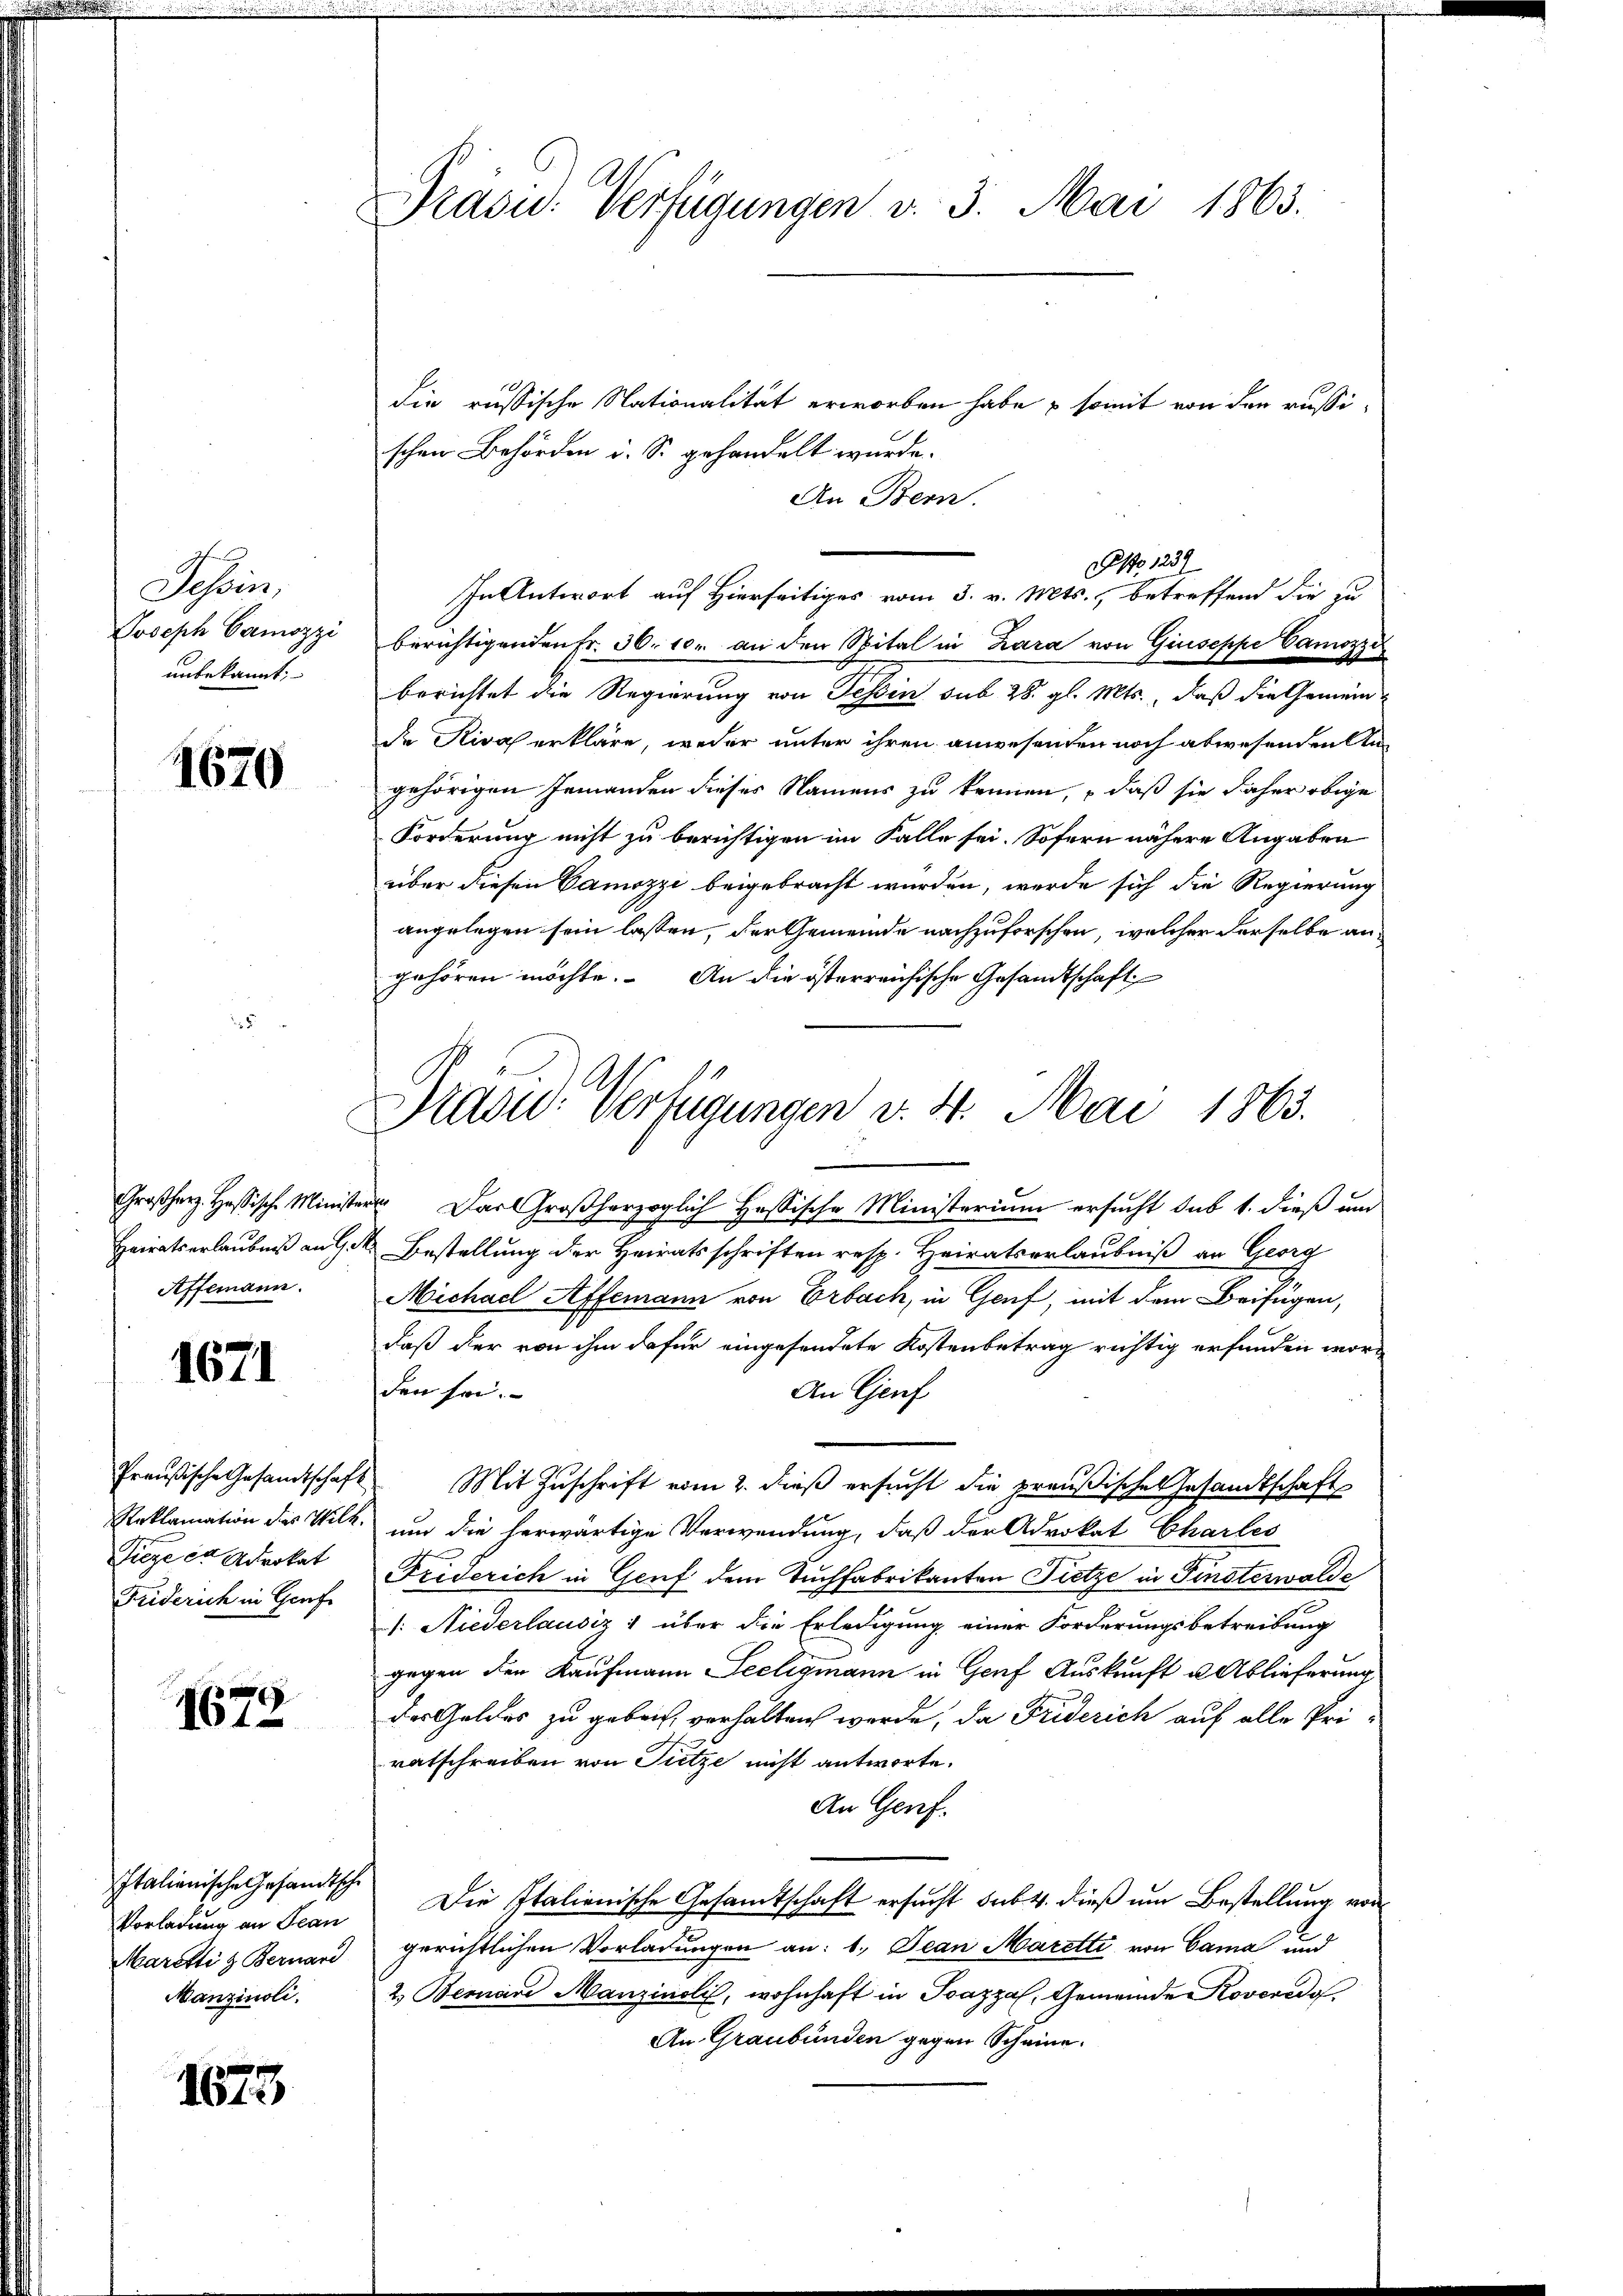
Schen,
Joseph Camozzi
unbekannt.

1670

Großherz. Hassische Ministe
Heirats erlaubniß an Ge
Affemann.

1671

Siege er Advokat
Friderich in Genf

1679

Italienische Gesandtsche
Vorladung an Jean
Maretti & Bernard
Manzinoli.

1673

Dradu. Verfügungen v. 3. Mai 1863.

Präsid. Verfügungen v. 4. Mai 1863.

die russische Nationalität erworben habe & somit von den russi-
schen Behörden i. S. gehandelt wurde.
An Bern.
In Antwort auf Hierseitiges vom 3. v. Mts., betreffend die zu
berichtigenden Fr. 36. 10. an den Spital in Zara von Giuseppe Camozi
berichtet die Regierung von Tessin sub 28. gl. Mts., daß die Gemeinde Rival erkläre, weder unter ihren anwesenden noch abwesenden Angehörigen Jemanden dieses Namens zu kennen, daß sie daher obige
Forderung nicht zu berichtigen im Falle sei. Sofern nähere Angaben
über diesen Gamozzi beigebracht wurden, werde sich die Regierung
angelegen sein lassen, der Gemeinde nachzuforschen, welcher derselbe angehören möchte. An die österreichische Gesandtschaft
. Das Großherzoglich Hassische Ministerium ersucht sub 1. dieß und
. Bestellung der Heiratsschriften resp. Heiratserlaubniß an Georg
S
Michael Affemann von Erbach, in Genf, mit dem Beifügen,
daß der von ihm dafür eingesendete Kostenbetrag richtig erfunden worden sei.
An Genf
Preußische Gesandtschaft. Mit Zŭschrift vom 2. dieß ersucht die preußischen Gesandtschaft
Reklamation des Wilk, um die herwärtige Verwendung, daß der Advokat Charles
Friderich in Genf dem Tuchfabrikanten Pietze in Finsterwalde
: Niederlausiz 1 über die Erledigung einer Forderungsbetreibung
gegen den Kaufmann Seeligmann in Genf Auskunft u Ablieferung
des Geldes zu gebrach, verhalten werde, da Friderich auf alle Pri-
ratschreiben von Tutze nicht antworte.
An Genf.
Die Italienische Gesandtschaft ersucht sub. 4. dieß um Bestellung von
gerichtlichen Vorladungen an: 1. Jean Maretti von Cama und
2. Bernare Manzinslis, wohnhaft in Ioazza, Gemeinde Roveredo
An Graubünden gegen Scheine.

No 1239